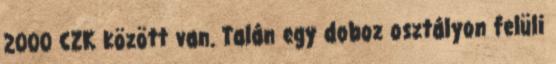
2000 CZK között van. Talán egy doboz osztályon felüli